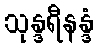
သုန္ဒရီနန္ဒံ